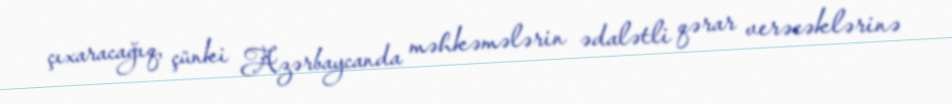
çıxaracağıq, çünki Azərbaycanda məhkəmələrin ədalətli qərar verəcəklərinə